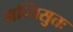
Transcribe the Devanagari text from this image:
मन्त्रिसुतः